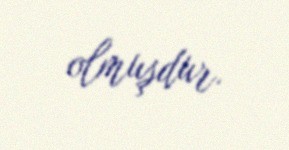
olmuşdur.